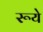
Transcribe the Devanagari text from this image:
रूये